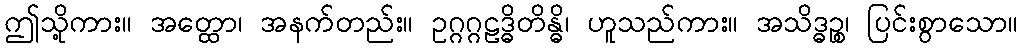
ဤသို့ကား။ အတ္ထော၊ အနက်တည်း။ ဥဂ္ဂဂ္ဂဠဒ္ဓိတိန္ဓိ၊ ဟူသည်ကား။ အသိဒ္ဓဉ္စ၊ ပြင်းစွာသော။